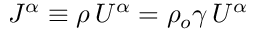
J ^ { \alpha } \equiv \rho \, U ^ { \alpha } = \rho _ { o } \gamma \, U ^ { \alpha }